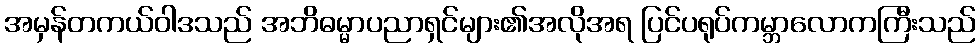
အမှန်တကယ်ဝါဒသည် အဘိဓမ္မာပညာရှင်များ၏အလိုအရ ပြင်ပရုပ်ကမ္ဘာလောကကြီးသည်